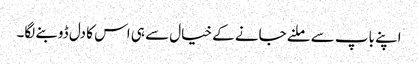
اپنے باپ سے ملنے جانے کے خیال سے ہی اس کا دل ڈوبنے لگا۔